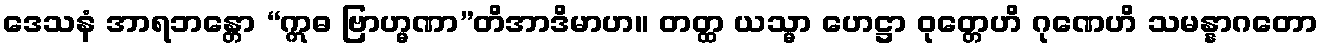
ဒေသနံ အာရဘန္တော “ဣဓ ဗြာဟ္မဏာ”တိအာဒိမာဟ။ တတ္ထ ယသ္မာ ဟေဋ္ဌာ ဝုတ္တေဟိ ဂုဏေဟိ သမန္နာဂတော